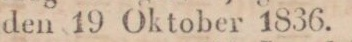
den 19 Oktober 1836.